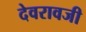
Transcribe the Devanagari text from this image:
देवरावजी